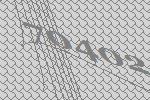
70402